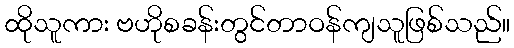
ထိုသူကား ဗဟိုစခန်းတွင်တာဝန်ကျသူဖြစ်သည်။